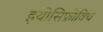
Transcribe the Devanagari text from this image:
इयोसिफ़ोविच